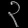
Digit: ၃